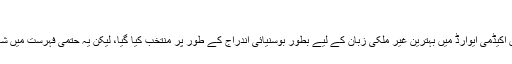
[4]
فلم کو پچاسیویں اکیڈمی ایوارڈ میں بہترین غیر ملکی زبان کے لیے بطور بوسنیائی اندراج کے طور پر منتخب کیا گیا، لیکن یہ حتمی فہرست میں شامل نہ ہو سکی۔